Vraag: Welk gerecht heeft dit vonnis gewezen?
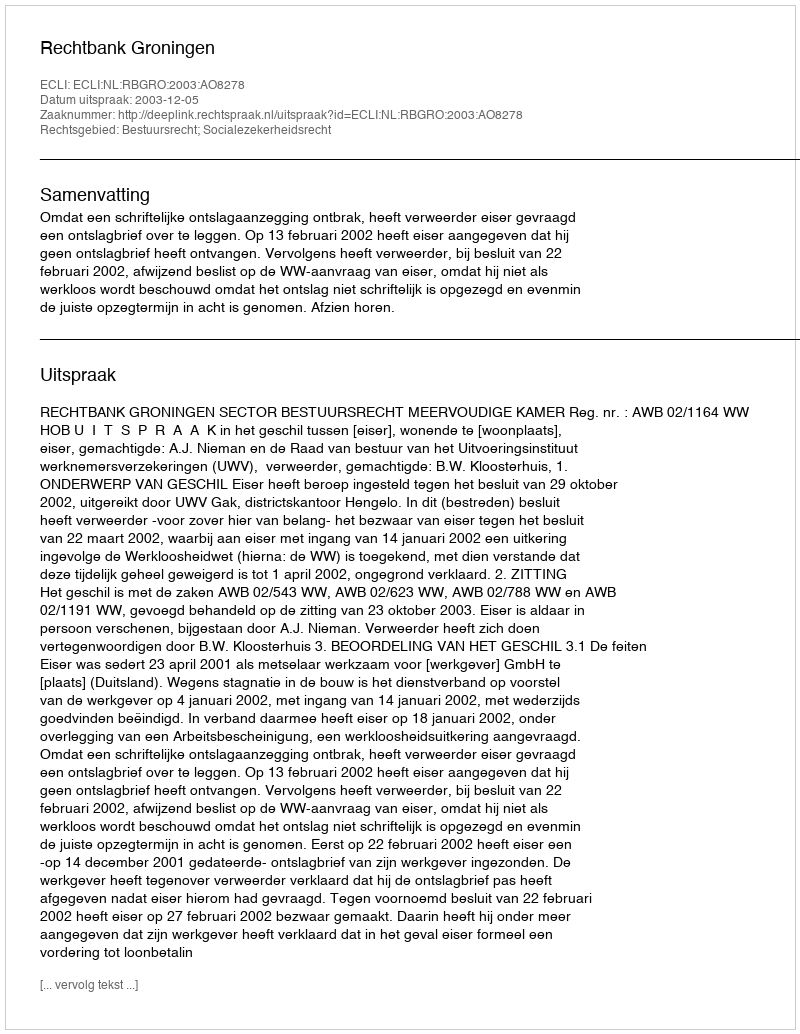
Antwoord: Rechtbank Groningen